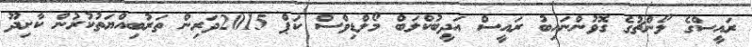
ރައީސްގެ ލޯންޗުގެ ގޮވުންނައިބު ރައީސް އަދީބުކްލަބް މޯލްޑިވްސް ކަޕް 2015ދަރިން ތަރުބިއްޔަތުކުރުން ކާށިދޫ